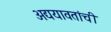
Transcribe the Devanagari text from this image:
अद्ययावतांची